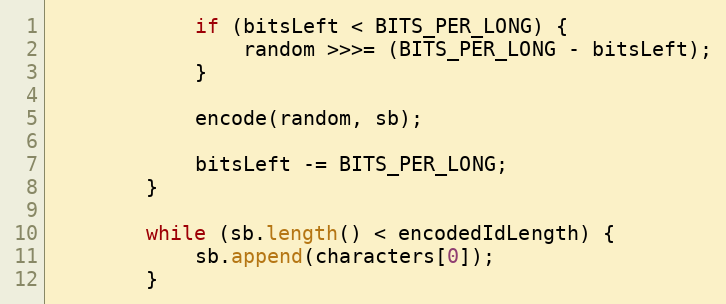
Language: Java
            if (bitsLeft < BITS_PER_LONG) {
                random >>>= (BITS_PER_LONG - bitsLeft);
            }

            encode(random, sb);

            bitsLeft -= BITS_PER_LONG;
        }

        while (sb.length() < encodedIdLength) {
            sb.append(characters[0]);
        }